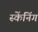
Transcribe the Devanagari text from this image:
स्केंनिंग